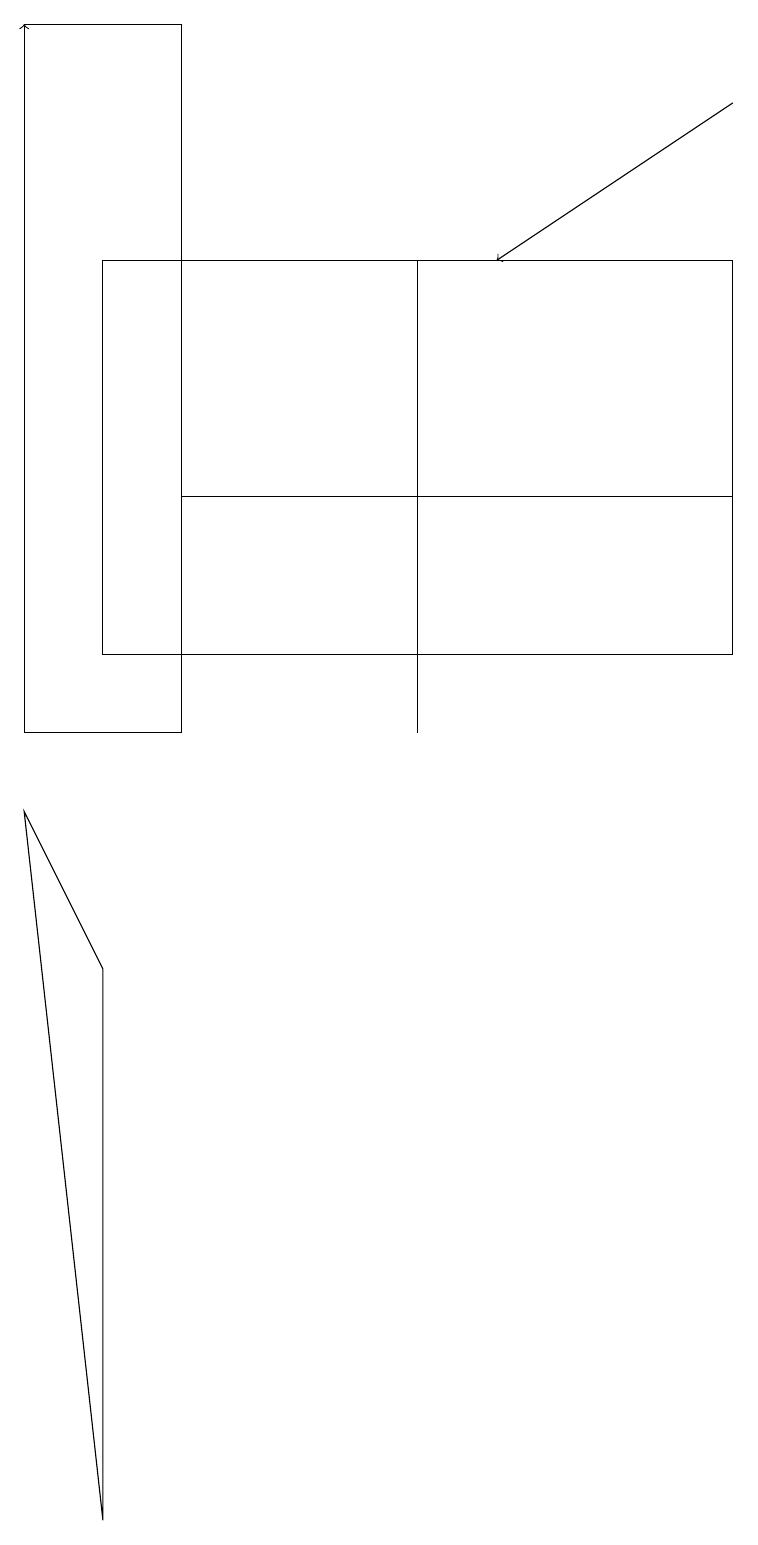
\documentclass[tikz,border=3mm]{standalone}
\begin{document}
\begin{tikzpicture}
\draw (2,11) rectangle (9,13);
\draw (1,0) -- (0,9) -- (1,7) -- cycle;
\draw[->] (9,18) -- (6,16);
\draw (2,19) rectangle (0,10);
\draw[->] (0,14) -- (0,19);
\draw (5,16) rectangle (5,10);
\draw (1,11) rectangle (9,16);
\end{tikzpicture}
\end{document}